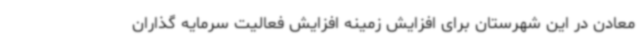
معادن در این شهرستان برای افزایش زمینه افزایش فعالیت سرمایه گذاران